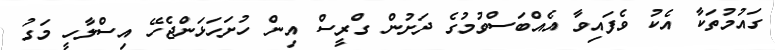
ގައުމުތަކާ އެކު ވެފައިވާ އެއްބަސްވުމުގެ ދަށުން ގްރީސް އިން ހުށަހަޅަންޖެހޭ އިސްލާހީ މަގު